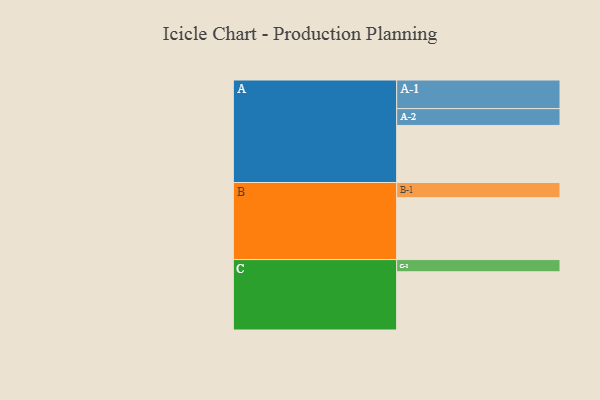
{"axis": {"x": "Segment", "y": "Value"}, "legend": ["", "A", "B", "C"], "data": [{"x": "A", "y": 496, "type": ""}, {"x": "B", "y": 538, "type": ""}, {"x": "C", "y": 506, "type": ""}, {"x": "A-1", "y": 249, "type": "A"}, {"x": "A-2", "y": 146, "type": "A"}, {"x": "B-1", "y": 132, "type": "B"}, {"x": "C-1", "y": 106, "type": "C"}]}